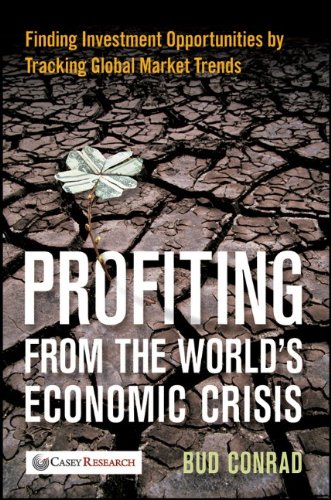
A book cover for Profiting from the World's Economic Crisis: Finding Investment Opportunities by Tracking Global Market Trends; Bud Conrad; Business & Money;